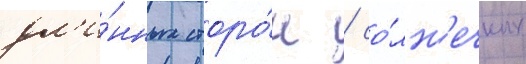
дл'и́нных сторо́н / со́лн'ечных